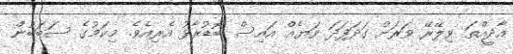
އާދީއްތަ ވިލޭރޭ ވަރަށް ގަދަފަދަ ވަޔެއް އައިސް ބޮޑުރާޅު އެރިއެވެ. މިކަމުގެ ސަބަބުން